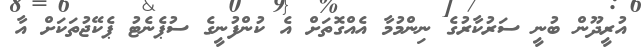
އުރީދޫން ބުނީ ސަރުކާރުގެ ނިންމުމާ އެއްގޮތަށް އެ ކުންފުނީގެ ސުޕެނެޓު ޕެކޭޖުތަކަށް އާ